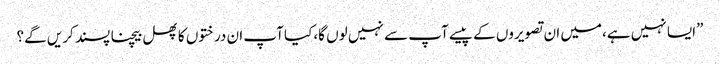
”ایسا نہیں ہے،میں ان تصویروں کے پیسے آپ سے نہیں لوں گا،کیا آپ ان درختوں کا پھل بیچنا پسند کریں گے؟